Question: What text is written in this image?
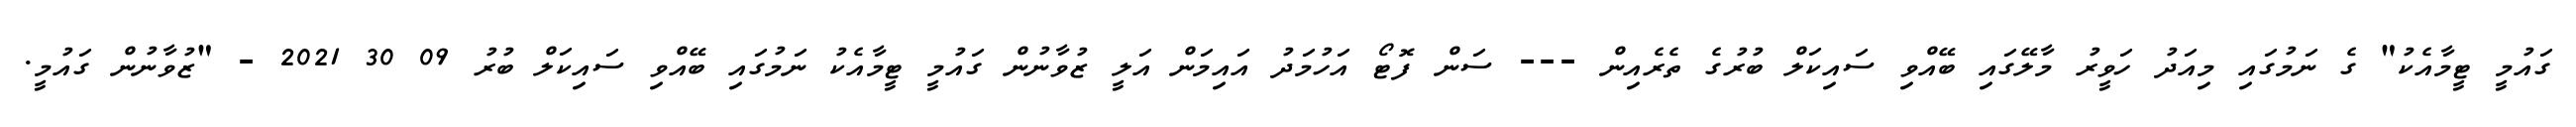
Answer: ގައުމީ ޓީމާއެކު" ގެ ނަމުގައި މިއަދު ހަވީރު މާލޭގައި ބޭއްވި ސައިކަލް ބުރުގެ ތެރެއިން --- ސަން ފޮޓޯ އަހުމަދު އައިމަން އަލީ ޒުވާނުން ގައުމީ ޓީމާއެކު ނަމުގައި ބޭއްވި ސައިކަލް ބުރު 09 30 2021 - "ޒުވާނުން ގައުމީ.